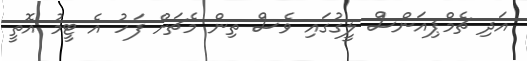
އަދި ޗެމްޕިއަންސް ލީގުގައި ވެސް ތިން މެޗަށް ފަހު އެ ޓީމު އޮތީ